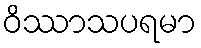
ဝိဿာသပရမာ